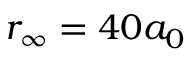
r _ { \infty } = 4 0 a _ { 0 }